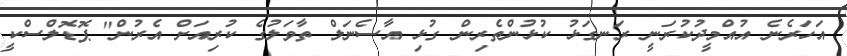
އަހަރެނެ އުއްމީދުކުރަނީ ރަނގަޅު ކުޅުންތެރިން ގުޅި އާސެނަލް ތާވަލުގެ ކުރިއަށް އެރުން" ޕޮޑޮލްސްކީ